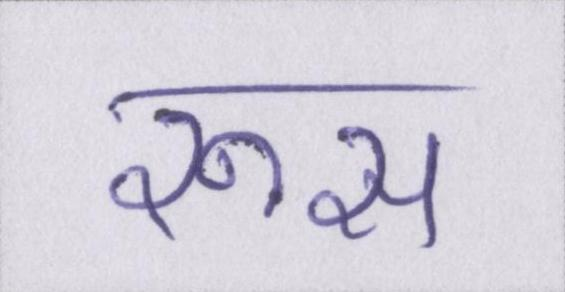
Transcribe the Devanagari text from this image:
रूस